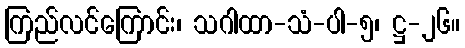
ကြည်လင်ကြောင်း၊ သဂါထာ-သံ-ပါ-၅၊ ဋ္ဌ-၂၆။